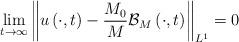
LaTeX: \begin{align*}\lim_{t\to\infty}\left\|u\left(\cdot,t\right)-\frac{M_0}{M}\mathcal{B}_{M}\left(\cdot,t\right)\right\|_{L^1}=0\end{align*}